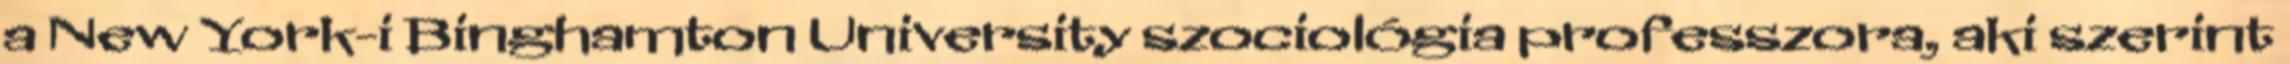
a New York-i Binghamton University szociológia professzora, aki szerint